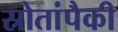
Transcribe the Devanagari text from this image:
स्रोतांपैकी